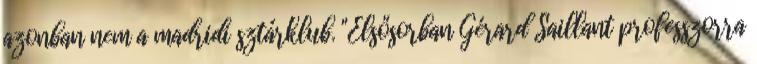
azonban nem a madridi sztárklub. "Elsősorban Gérard Saillant professzorra